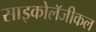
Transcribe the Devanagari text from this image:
साइकोलॅजीकल